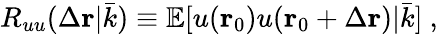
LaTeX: R_{uu}(\Delta\mathbf{r}|\bar{k})\equiv\mathbb{E}[u(\mathbf{r}_{0})u(\mathbf{r}_{0}+\Delta\mathbf{r})|\bar{k}]\ ,